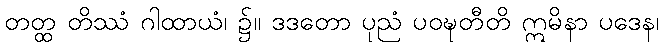
တတ္ထ တိဿံ ဂါထာယံ၊ ၌။ ဒဒတော ပုညံ ပဝဍ္ဎတီတိ ဣမိနာ ပဒေန၊